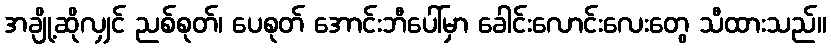
အချို့ဆိုလျှင် ညစ်စုတ်၊ ပေစုတ် အောင်းဘီပေါ်မှာ ခေါင်းလောင်းလေးတွေ သီထားသည်။